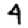
Digit: 4